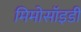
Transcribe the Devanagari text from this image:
मिमोसॉइडी